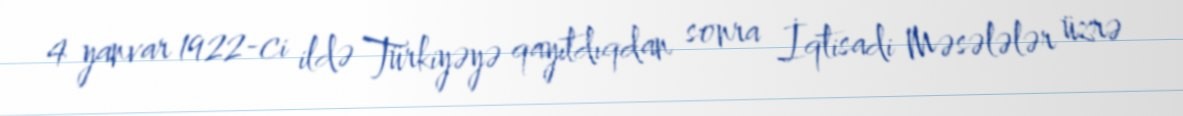
4 yanvar 1922-ci ildə Türkiyəyə qayıtdıqdan sonra İqtisadi Məsələlər üzrə